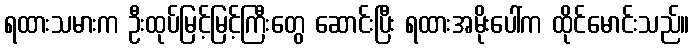
ရထားသမားက ဦးထုပ်မြင့်မြင့်ကြီးတွေ ဆောင်းပြီး ရထားအမိုးပေါ်က ထိုင်မောင်းသည်။